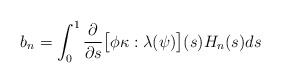
\begin{align*}b_n = \int_0^1 \dfrac{\partial}{\partial s}\big[\phi \kappa:\lambda(\psi)\big](s) H_n(s)ds\end{align*}